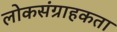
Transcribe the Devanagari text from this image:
लोकसंग्राहकता